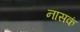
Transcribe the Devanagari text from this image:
नासकं